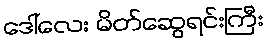
ဒေါ်လေး မိတ်ဆွေရင်းကြီး